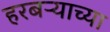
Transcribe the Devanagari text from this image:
हरबऱ्याच्या